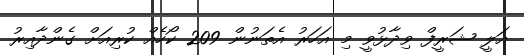
އަލީ ޝަރީފް ވިދާޅުވީ މި އަހަރު އެތަނުން 209 ކޯހެއް ކުރިއަށް ގެންދާއިރު